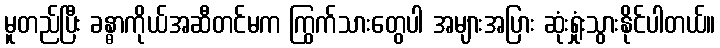
မူတည်ပြီး ခန္ဓာကိုယ်အဆီတင်မက ကြွက်သားတွေပါ အများအပြား ဆုံးရှုံးသွားနိုင်ပါတယ်။